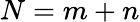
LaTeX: N=m+n